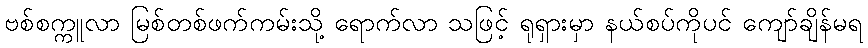
ဗစ်စက္ကူလာ မြစ်တစ်ဖက်ကမ်းသို့ ရောက်လာ သဖြင့် ရုရှားမှာ နယ်စပ်ကိုပင် ကျော်ချိန်မရ